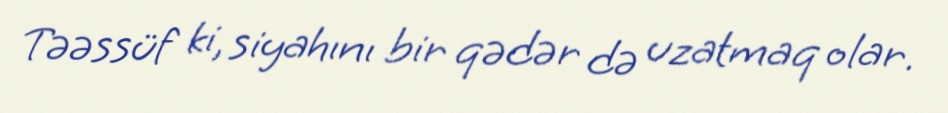
Təəssüf ki, siyahını bir qədər də uzatmaq olar.